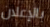
بالإعلان